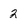
Character: 2